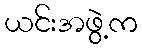
ယင်းအဖွဲ့က